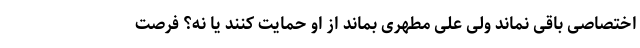
اختصاصی باقی نماند ولی علی مطهری بماند از او حمایت کنند یا نه؟ فرصت